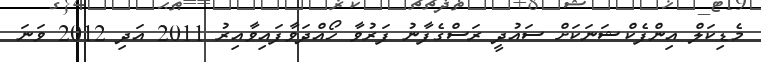
މެޑިކަލް އިންފެކްޝަނަކަށް ސައުދީ ރަސްގެފާނު ފަރުވާ ހޯއްދަވާފައިވާއިރު 2011 އަދި 2012 ވަނަ